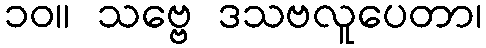
၁၀။ သဗ္ဗေ ဒသဗလူပေတာ၊